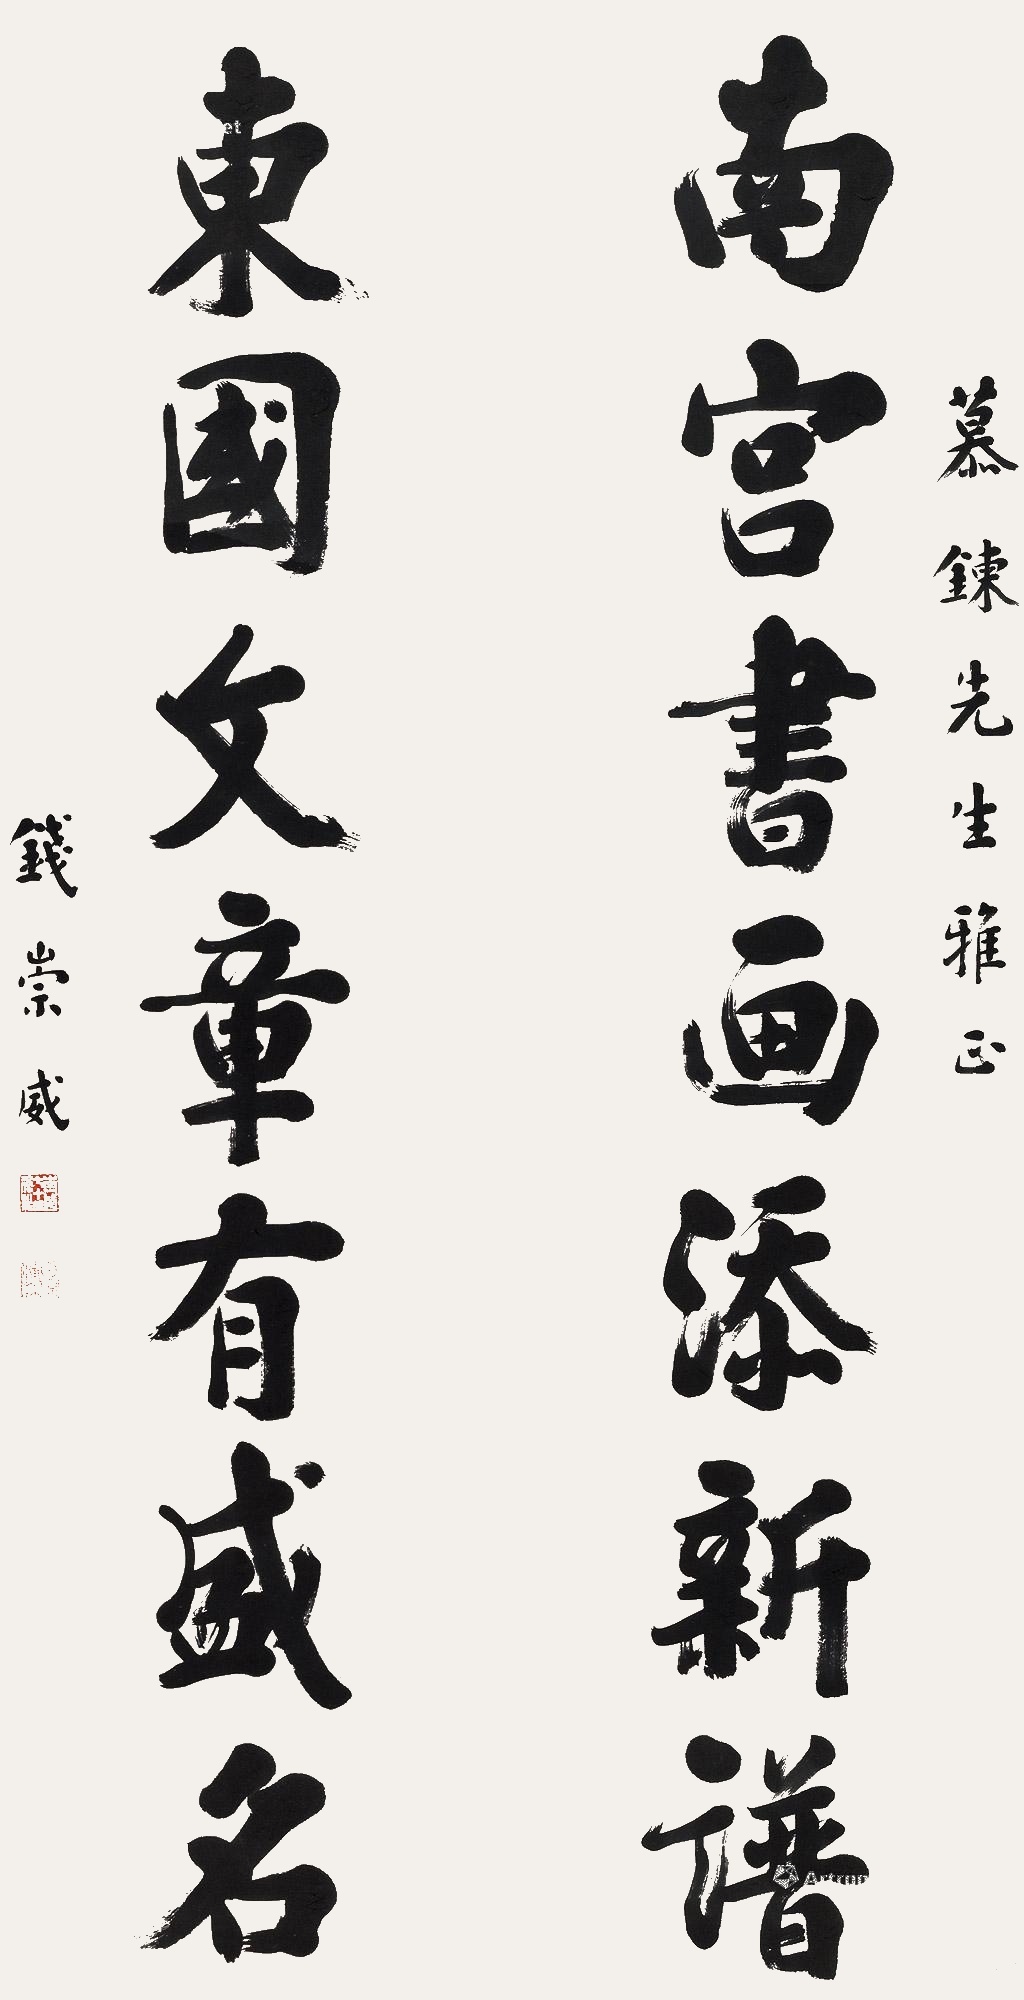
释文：南宫书画添新谱，东国文章有盛名。慕炼先生雅正，钱崇威。